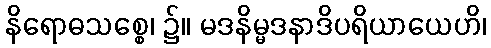
နိရောဓသစ္စေ၊ ၌။ မဒနိမ္မဒနာဒိပရိယာယေဟိ၊